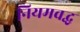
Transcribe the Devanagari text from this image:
नियमवद्ध